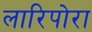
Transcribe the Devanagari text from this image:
लारिपोरा